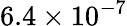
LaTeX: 6.4\times 10^{-7}